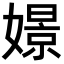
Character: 𡡡